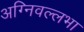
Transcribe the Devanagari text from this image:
अग्निवल्लभा